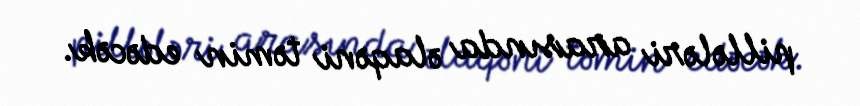
pillələri arasında əlaqəni təmin edəcək.